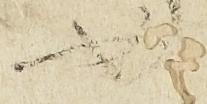
如